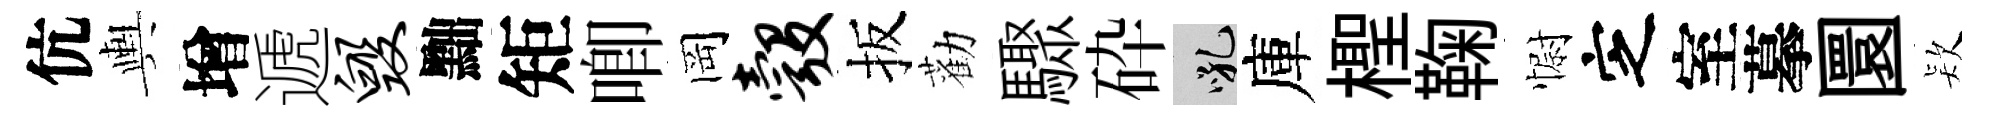
伉輿增遞毁黜矩唧岡彀扳勸驟砕吼庫檉鞠𢠢㝎室摹圜𣣇